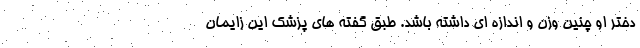
دختر او چنین وزن و اندازه ای داشته باشد. طبق گفته های پزشک این زایمان